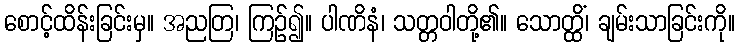
စောင့်ထိန်းခြင်းမှ။ အညတြ၊ ကြဉ်၍။ ပါဏိနံ၊ သတ္တဝါတို့၏။ သောတ္ထိံ၊ ချမ်းသာခြင်းကို။